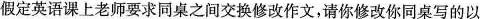
假定英语课上老师要求同桌之间交换修改作文，请你修改你同桌写的以